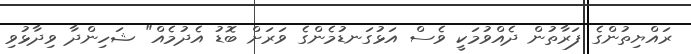
ރައްޔިތުންގެ ފަރާތުން ދެއްވުމަކީ ވެސް އަޅުގަނޑުމެންގެ ވަރަށް ބޮޑު އެދުމެއް" ޝަހިންދާ ވިދާޅުވި